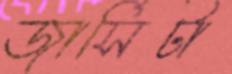
জার্সিটা